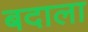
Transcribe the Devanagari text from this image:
बदाला